Document type: Sale
Year: 1430
Scribe: [Unknown]
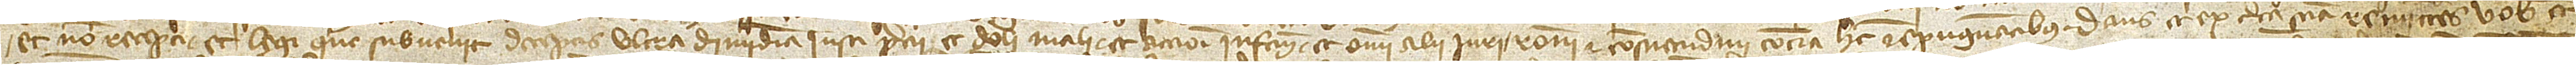
et non recepti, et legi que subvenit deceptis ultra dimidiam iusti precii, et doli mali, et accioni infactum, et omni alii iuri, rationi et consuetudini contra hec repugnantibus. Dans et ex certa sciencia remittens vobis et